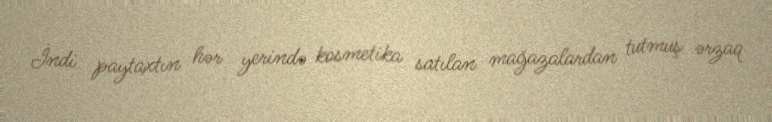
İndi paytaxtın hər yerində kosmetika satılan mağazalardan tutmuş ərzaq